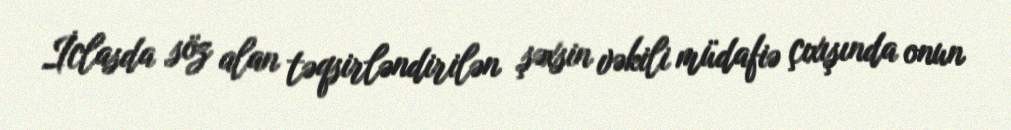
İclasda söz alan təqsirləndirilən şəxsin vəkili müdafiə çıxışında onun